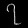
Digit: ၇